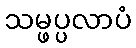
သမ္ဖပ္ပလာပံ